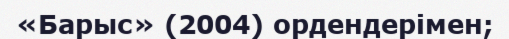
«Барыс» (2004) ордендерімен;